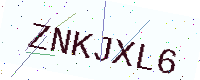
Text: ZNKJXL6